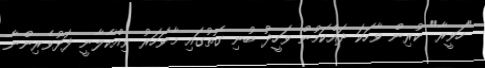
"ހަވީރާ" ކުރިން ވާހަކަ ދައްކަމުން ވަހީދު ބުނި ގޮތުގައި މާވަހަރު ވިއްކާލާނީ ފަޅުވެރިންނާ